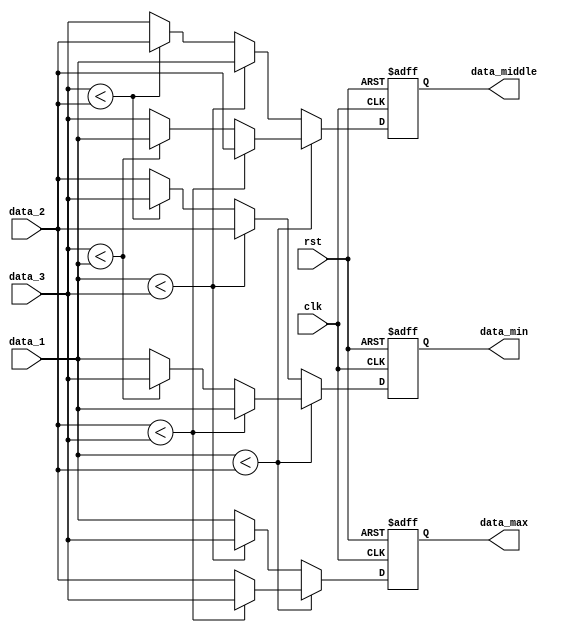
module Compare(
input clk,
input rst,
input [7:0] data_1,
input [7:0] data_2,
input [7:0] data_3,
output reg [7:0] data_min,
output reg [7:0] data_middle,
output reg [7:0] data_max);

    always @ (posedge clk or posedge rst)
	begin
		if(rst)
		begin
			data_max <= 0;
			data_min <= 0;
			data_middle <= 0;
		end
		
		else
		begin
			if(data_1 < data_2)
			begin
				if(data_2 < data_3)
				begin
					data_min <= data_1;
					data_middle <= data_2;
					data_max <= data_3;
				end
				
				else if(data_3 < data_1)
				begin
					data_min <= data_3;
					data_middle <= data_1;
					data_max <= data_2;
				end
				
				else
				begin
					data_min <= data_1;
					data_middle <= data_3;
					data_max <= data_2;
				end
			end
			
			else
			begin
				if(data_1 < data_3)
				begin
					data_min <= data_2;
					data_middle <= data_1;
					data_max <= data_3;
				end
				
				else if(data_3 < data_2)
				begin
					data_min <= data_3;
					data_middle <= data_2;
					data_max <= data_1;
				end
				
				else
				begin
					data_min <= data_2;
					data_middle <= data_3;
					data_max <= data_1;
				end
			end
		end
	end
	
endmodule